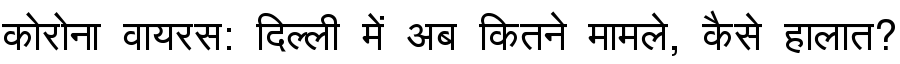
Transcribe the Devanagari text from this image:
कोरोना वायरस: दिल्ली में अब कितने मामले, कैसे हालात?